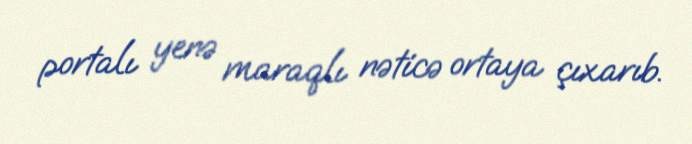
portalı yenə maraqlı nəticə ortaya çıxarıb.